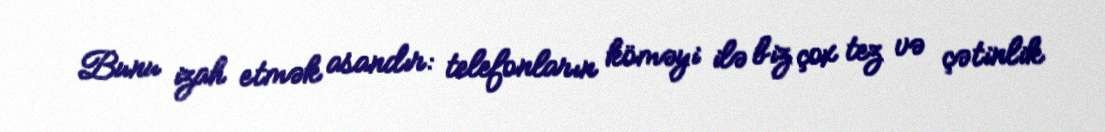
Bunu izah etmək asandır: telefonların köməyi ilə biz çox tez və çətinlik